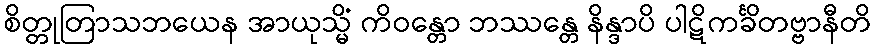
စိတ္တုတြာသဘယေန အာယုသ္မိံ ကိဝန္တော ဘဿန္တေ နိန္ဒာပိ ပါဋိကင်္ခိတဗ္ဗာနီတိ